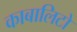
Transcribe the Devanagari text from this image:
काबालिटो